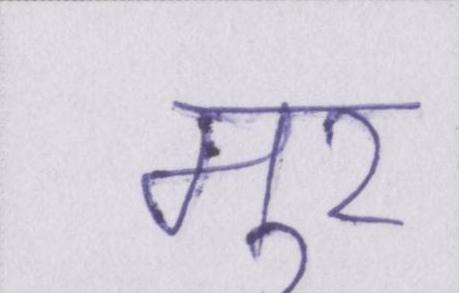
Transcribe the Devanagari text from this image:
मूर